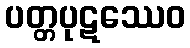
ပတ္တပုဋဿေဝ